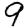
Digit: 9